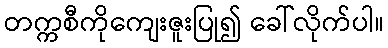
တက္ကစီကိုကျေးဇူးပြု၍ ခေါ်လိုက်ပါ။